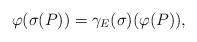
LaTeX: \begin{align*} \varphi(\sigma(P)) = \gamma_E(\sigma)(\varphi(P)),\end{align*}